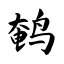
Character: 鹌